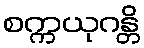
စက္ကယုဂန္တိ